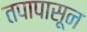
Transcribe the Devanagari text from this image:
तपापासून